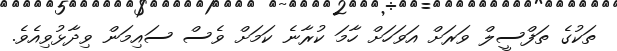
ތަކުގެ ތަފްސީލް ވަރަށް އަވަހަށް ހާމަ ކުރާނެ ކަމަށް ވެސް ސައިމަން ވިދާޅުވިއެވެ.